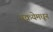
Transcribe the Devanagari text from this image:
प्रक्रयेमधून